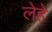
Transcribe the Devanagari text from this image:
लेहे